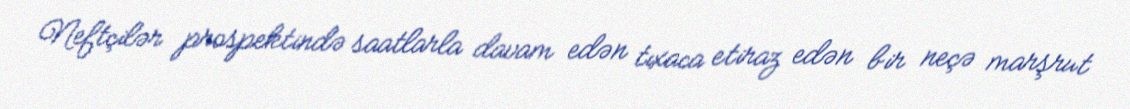
Neftçilər prospektində saatlarla davam edən tıxaca etiraz edən bir neçə marşrut